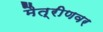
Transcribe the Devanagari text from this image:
मैत्रीणवर